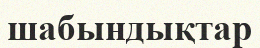
шабындықтар